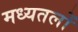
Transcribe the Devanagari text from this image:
मध्यतलों